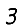
Digit: 3